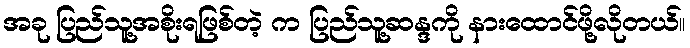
အခု ပြည်သူ့အစိုးရဖြစ်တဲ့ က ပြည်သူ့ဆန္ဒကို နားထောင်ဖို့လိုတယ်။